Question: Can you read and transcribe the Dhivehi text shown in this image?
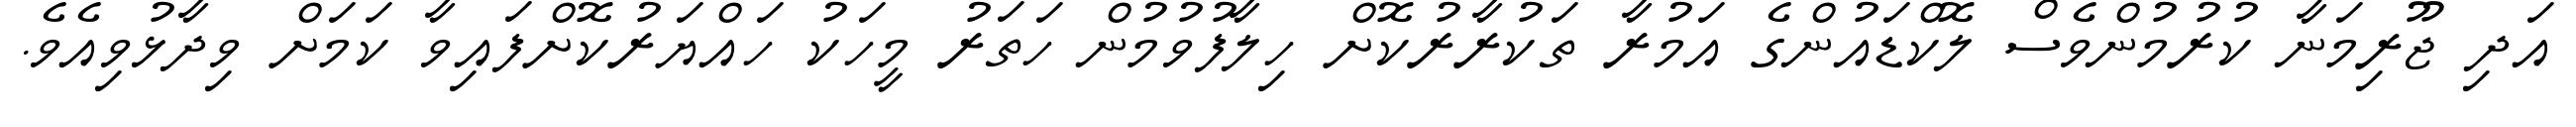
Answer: އަދި ޖޫރިމަނާ ކުރުމުންވެސް ލޮކްޑައުންގެ އަމުރާ ތަކުރާރުކޮށް ހިލާފުވުމުން ހަތަރު މީހަކު ހައްޔަރުކޮށްފައިވާ ކަމަށް ވިދާޅުވިއެވެ.